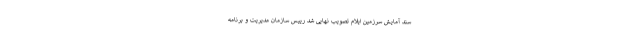
سند آمایش سرزمین ایلام تصویب نهایی شد رییس سازمان مدیریت و برنامه